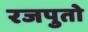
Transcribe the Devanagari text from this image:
रजपुतो